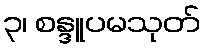
၃၊ စန္ဒူပမသုတ်